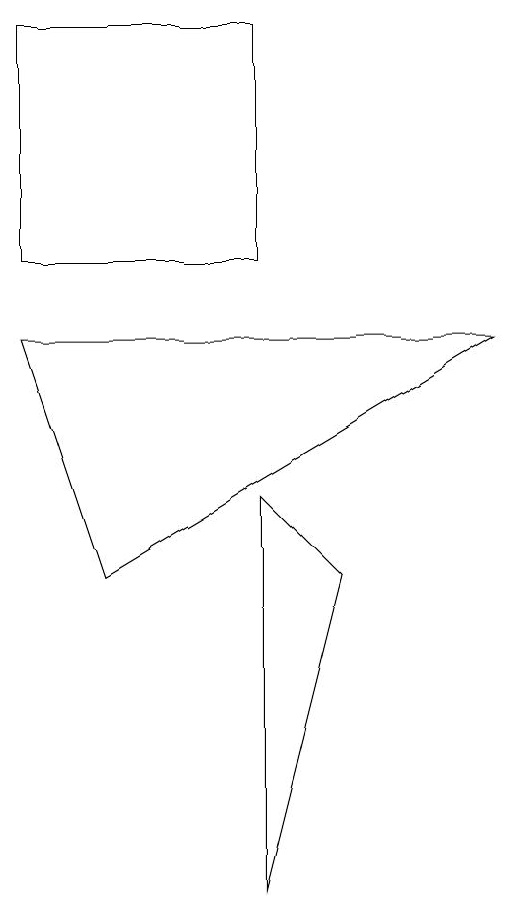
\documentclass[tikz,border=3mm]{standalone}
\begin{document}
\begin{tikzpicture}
\draw (0,10) rectangle (3,13);
\draw (0,9) -- (6,9) -- (1,6) -- cycle;
\draw (3,2) -- (3,7) -- (4,6) -- cycle;
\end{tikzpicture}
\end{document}